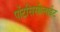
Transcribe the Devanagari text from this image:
पोंटसिसीलाईट